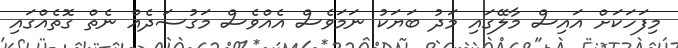
މިފަހަކަށް އައިސް މާލޭގައި މަދު ބަޔަކު ނަމަވެސް އެއްވެސް މަގުސަދެއް ނެތް ގޮތެއްގައި